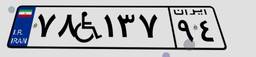
۷۸W۱۳۷۹۴